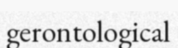
gerontological